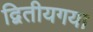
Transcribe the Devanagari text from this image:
द्वितीयगया